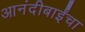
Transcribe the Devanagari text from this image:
आनंदीबाईंचा